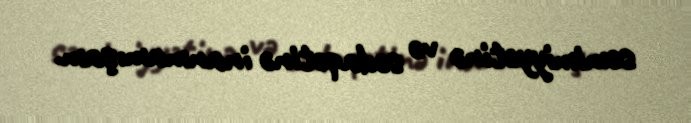
səmimiyyətinə və sədaqətinə inanmamışam.